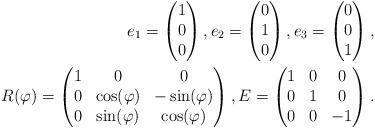
LaTeX: \begin{align*}e_1=\begin{pmatrix}1\\0\\0\end{pmatrix},e_2=\begin{pmatrix}0\\1\\0\end{pmatrix},e_3=\begin{pmatrix}0\\0\\1\end{pmatrix}, \\ R(\varphi)=\begin{pmatrix}1 & 0 & 0 \\ 0 & \cos(\varphi) & -\sin(\varphi) \\ 0 & \sin(\varphi) & \cos(\varphi)\end{pmatrix}, E=\begin{pmatrix} 1 & 0 & 0 \\ 0 & 1 & 0 \\ 0 & 0 & -1 \end{pmatrix}. \end{align*}